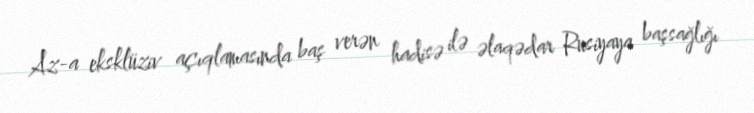
Az-a eksklüziv açıqlamasında baş verən hadisə ilə əlaqədar Rusiyaya başsağlığı